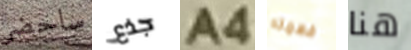
ساحضر جذع A4 فهمته هنا